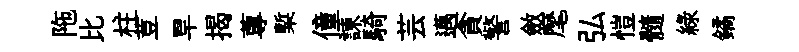
陁比柱荳旱揭蓴槧僮諫騎芸邁貪警斂麾弘愷髓緑鐍